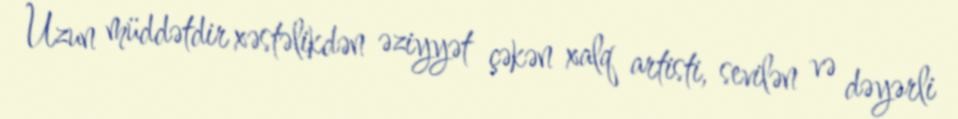
Uzun müddətdir xəstəlikdən əziyyət çəkən xalq artisti, sevilən və dəyərli